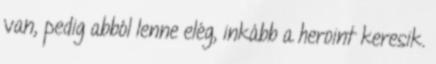
van, pedig abból lenne elég, inkább a heroint keresik.